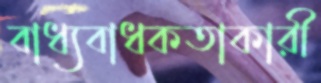
বাধ্যবাধকতাকারী